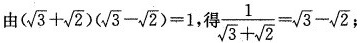
由$$(\sqrt{3}+ \sqrt{2})(\sqrt{3}- \sqrt{2})=1$$ ，得 $$\frac{1}{\sqrt{3}+ \sqrt{2}}= \sqrt{3}- \sqrt{2}$$；